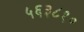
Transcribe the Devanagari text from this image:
५६३८१०